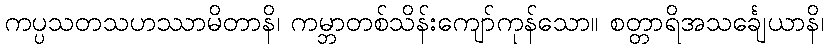
ကပ္ပသတသဟဿာမိတာနိ၊ ကမ္ဘာတစ်သိန်းကျော်ကုန်သော။ စတ္တာရိအသင်္ချေယာနိ၊